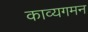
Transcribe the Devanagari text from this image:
काव्यगमन